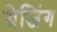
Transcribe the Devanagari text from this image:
ग्रेजिंग